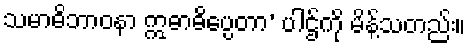
သမာဓိဘာဝနာ ဣဓာဓိပ္ပေတာ’ ပါဌ်ကို မိန့်သတည်း။